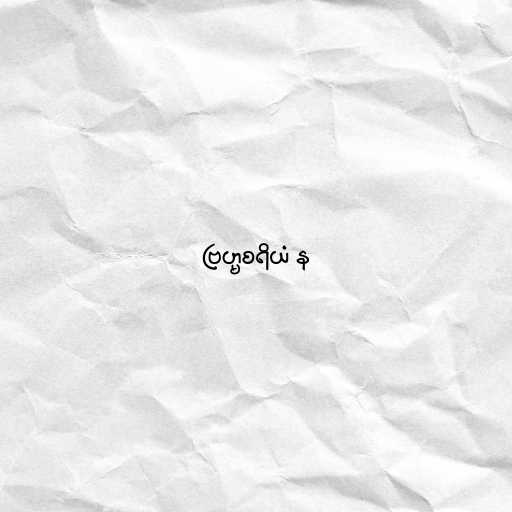
ဗြဟ္မစရိယံ န